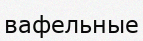
вафельные